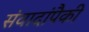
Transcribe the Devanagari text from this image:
संवादांपैकी